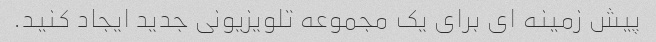
پیش زمینه ای برای یک مجموعه تلویزیونی جدید ایجاد کنید.